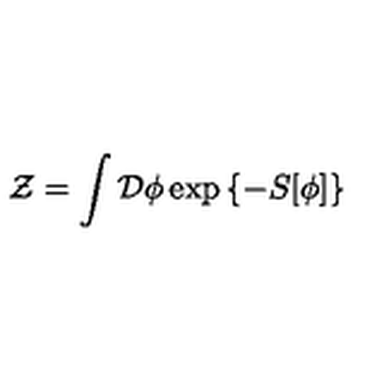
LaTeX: { \cal Z } = \int { \cal D } \phi \exp \left\{ - S [ \phi ] \right\}